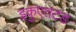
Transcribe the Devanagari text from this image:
इकुएतटड